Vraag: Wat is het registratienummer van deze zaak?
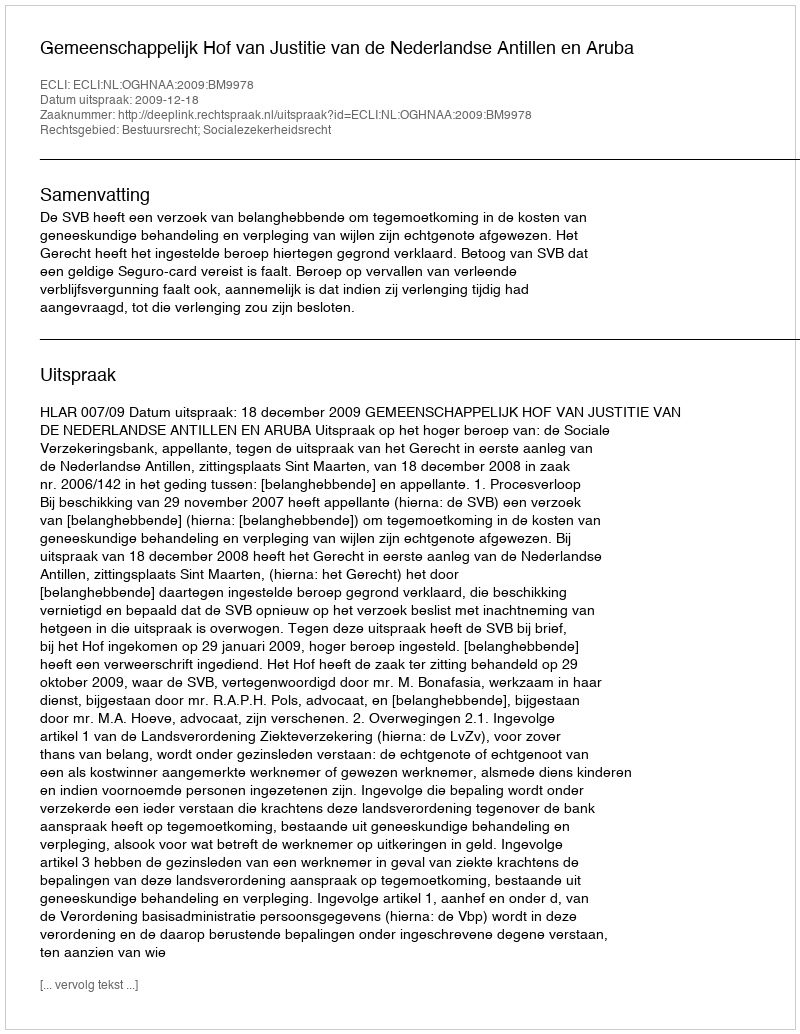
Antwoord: http://deeplink.rechtspraak.nl/uitspraak?id=ECLI:NL:OGHNAA:2009:BM9978